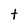
Character: t